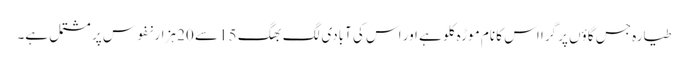
طیارہ جس گاؤں پر گرا اس کا نام موڑہ کلو ہے اور اس کی آبادی لگ بھگ 15 سے 20 ہزار نفوس پر مشتمل ہے۔